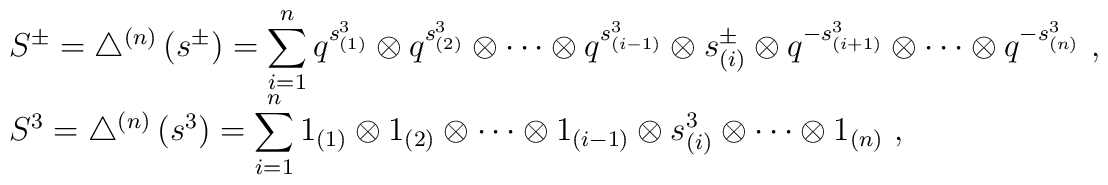
\begin{array}{rcl}& &S^\pm=\bigtriangleup^{(n)} \left(s^\pm \right)=\displaystyle\sum^{n}_{i=1}   q^{s^3_{(1)}}\otimes q^{s^3_{(2)}}\otimes \cdots \otimes q^{s^3_{(i-1)}}   \otimes s^\pm_{(i)}\otimes q^{-s^3_{(i+1)}}\otimes\cdots \otimes   q^{-s^3_{(n)}}~,\\ [3mm]& &S^3=\bigtriangleup^{(n)} \left(s^3\right)=\displaystyle\sum^{n}_{i=1}   1_{(1)} \otimes 1_{(2)}\otimes \cdots \otimes 1_{(i-1)} \otimes s^3_{(i)}   \otimes\cdots \otimes 1_{(n)}~,\end{array}